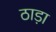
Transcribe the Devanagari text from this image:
ठाड़ा